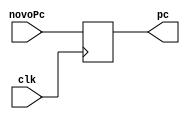
module pc(
    input clk,
    input [63:0] novoPc,
    output [63:0] pc

);

  reg [63:0] pcReg;

  initial begin
    pcReg = 64'b0; // Inicia-se com zero, assim como as posies de um vetor
  end

  always @(posedge clk) 
    pcReg = novoPc;

  assign pc = pcReg;
    
endmodule